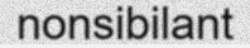
nonsibilant